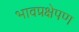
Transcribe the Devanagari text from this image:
भावप्रक्षेपण